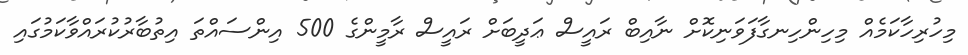
މިހުރިހާކަމެއް މިހިންހިނގާފަވަނިކޮށް ނާއިބް ރައީސް ޢަދީބަށް ރައީސް ރާމީންގެ 500 އިންސައްތަ އިތުބާރުކުރައްވާކަމުގައި